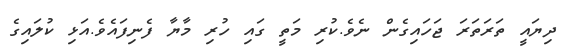
ދިޔައީ ތަރަތަރަ ޖަހައިގެން ނެވެ.ކުރި މަތީ ގައި ހުރި މާޔާ ފެނިފައެވެ.އަޅި ކުލައިގެ